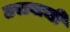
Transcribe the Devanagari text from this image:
ठरावाची